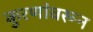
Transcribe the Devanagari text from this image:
कुरणांवरून